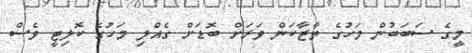
މީގެ ސަބަބުން މަހުގެ ތާޒާކަން ވަރަށް ބޮޑަށް ގެއްލި މަހުގެ ކޮލިޓީ ވެސް